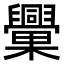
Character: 𣡈